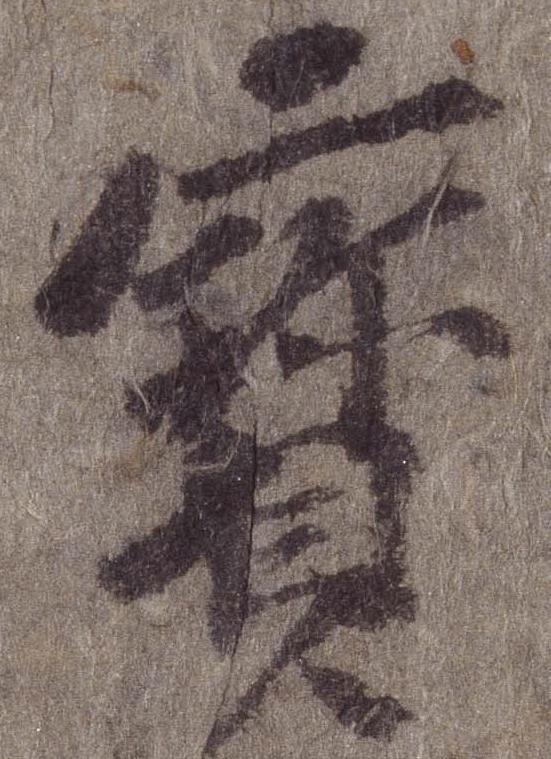
宝